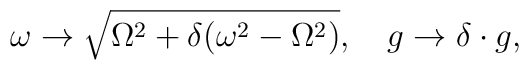
\omega\rightarrow\sqrt{\Omega^2+\delta(\omega^2-\Omega^2)},\quad   g\rightarrow\delta\cdot g,